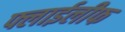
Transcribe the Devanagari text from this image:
फ्लाईलीफ